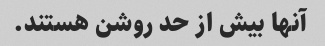
آنها بیش از حد روشن هستند.